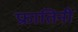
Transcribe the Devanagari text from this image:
फ्रातिनी